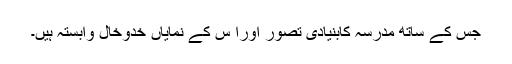
جس کے ساتھ مدرسہ کابنیادی تصوّر اورا س کے نمایاں خدوخال وابستہ ہیں۔